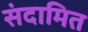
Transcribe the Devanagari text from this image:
संदामित